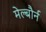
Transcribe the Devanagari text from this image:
मेल्बौर्न